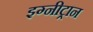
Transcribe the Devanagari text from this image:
इग्नीट्रान